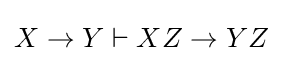
X\rightarrow Y\vdash XZ\rightarrow YZ